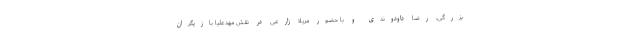
بزرگی، رضا داودوندی و با حضور مریلا زارعی در نقش مهدعلیا بازیگران